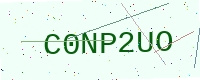
Text: C0NP2UO